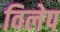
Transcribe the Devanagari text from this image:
विलेप